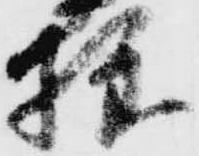
様